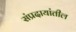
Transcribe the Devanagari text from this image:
संप्रदायांतील